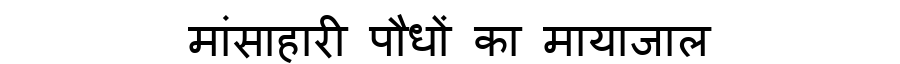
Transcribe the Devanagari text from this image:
मांसाहारी पौधों का मायाजाल